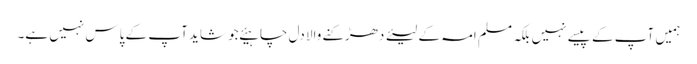
ہمیں آپ کے پیسے نہیں بلکہ مسلم امہ کے لیئے دھڑکنے والا دل چاہیئے جو شاید آپ کے پاس نہیں ہے۔